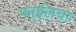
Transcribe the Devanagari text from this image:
फाईलचा